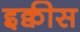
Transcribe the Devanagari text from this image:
इक्वीस